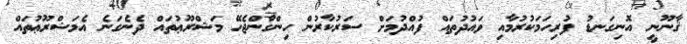
ޤާނޫނީ އޮނިގަނޑު ފުރިހަމަކުރުމާއި ވައުދުތައް ފުއްދުމަށް ސަރުކާރުން ހިންގާންޖެހޭ މަޝްރޫޢުތައް ދެނެގަނެ އެމަޝްރޫޢުތައް